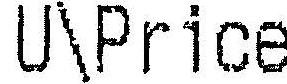
U\PRICE